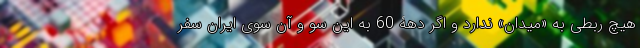
هیچ ربطی به «میدان» ندارد و اگر دهۀ 60 به این سو و آن سوی ایران سفر